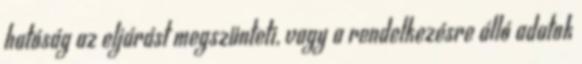
hatóság az eljárást megszünteti, vagy a rendelkezésre álló adatok